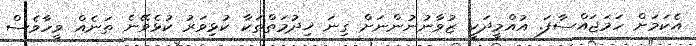
އެކަމަށް ހަމަޖައްސާފަ. އުއްމީދަކީ ޒުވާނުނުންނަށް ގިނަ ޚިދުމަތްތަކާ ކުޅިވަރު ކުޅެވޭނެ ތަނެއް ވީހާވެސް